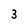
Character: 3